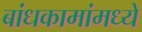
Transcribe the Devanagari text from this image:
बांधकामांमध्ये